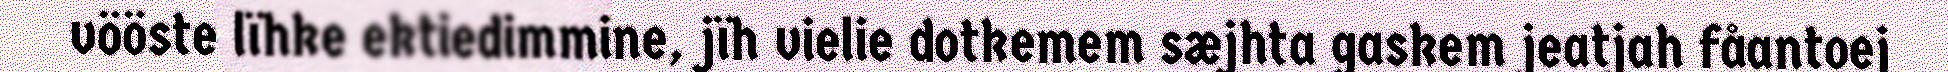
vööste lïhke ektiedimmine, jïh vielie dotkemem sæjhta gaskem jeatjah fåantoej